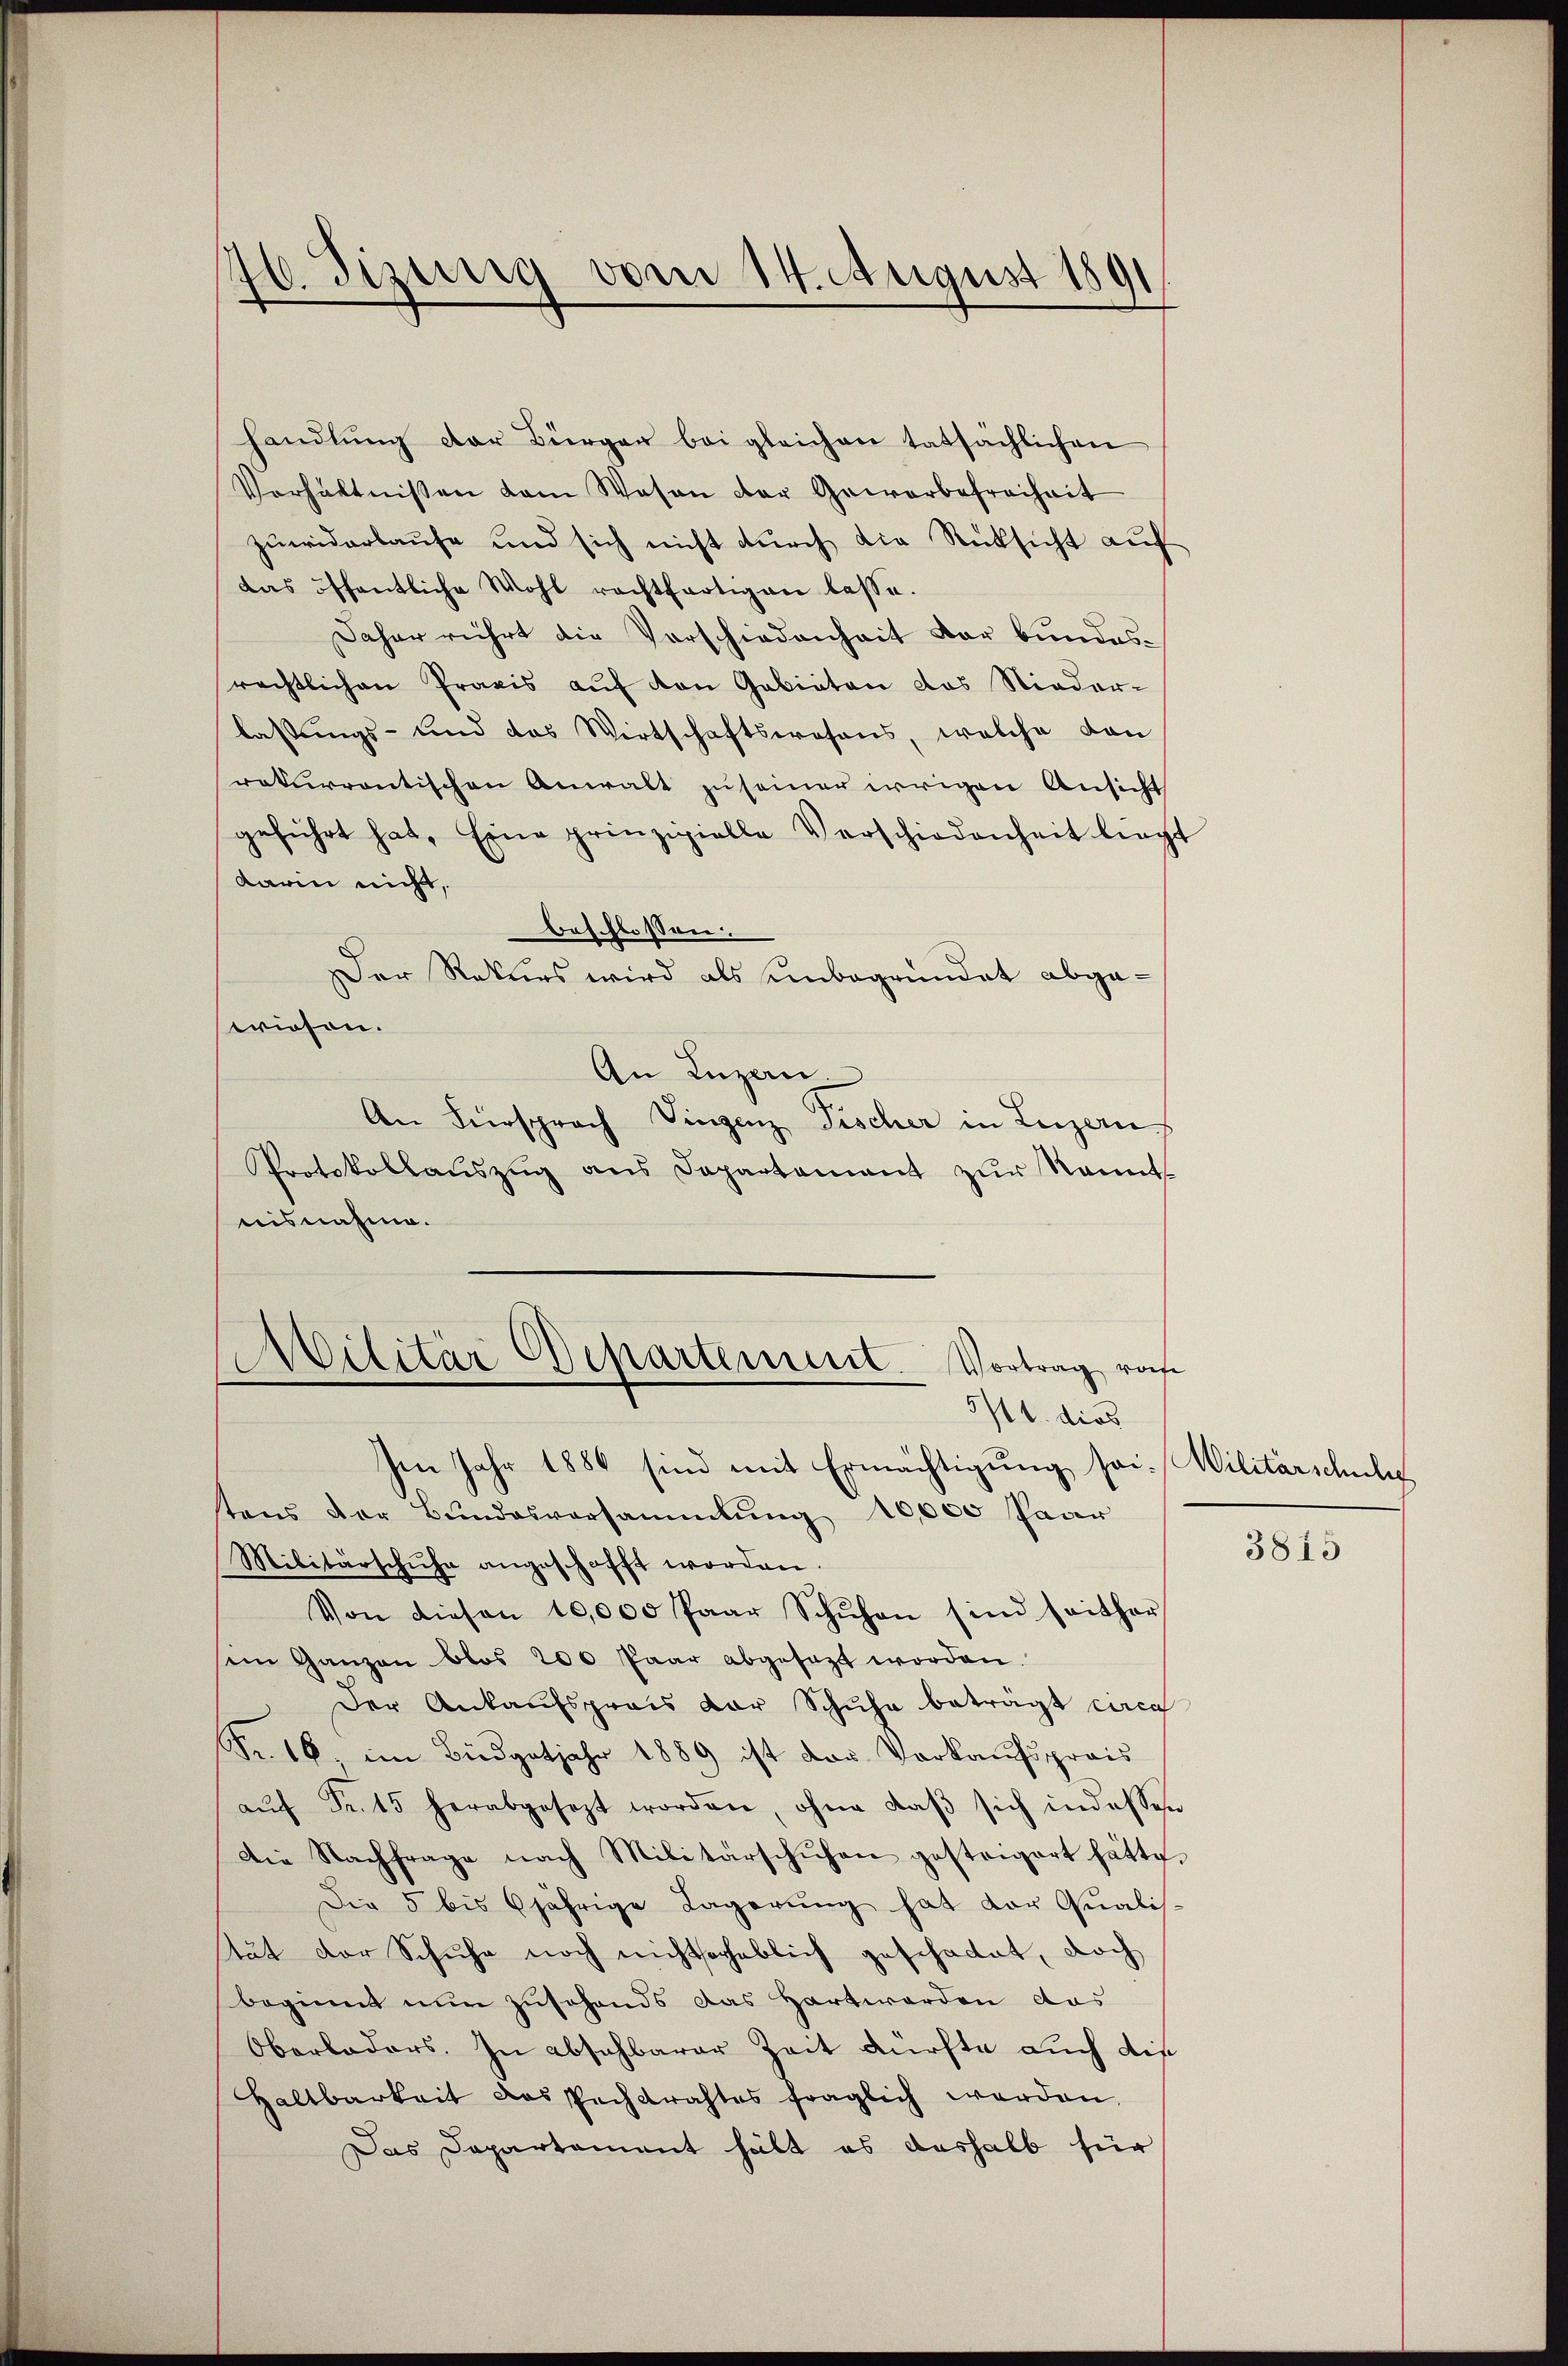
46. Sizurig vom 14. August 1891

handlung der Bürger bei gleichen tatsächlichen
Verhältnissen dem Wesen der Gewerbefreiheit
zuwiderlaufe und sich nicht durch die Rücksicht auf
das öffentliche Wohl rechtfertigen lasse.
Daher rührt die Vorschiedenheit der bundesrechtlichen Praxis aŭf von Gebieten das Nieder-
lassungs- und das Wirtschaftsprosens, welche dan
rekurrentischen Anwalt zu seiner irrigen Ansicht
geführt hat, Eine prinzipielle Verschiedenheit lieg
darin nicht,
beschlossen:
Der Rekurs wird als einbegründet abgewiesen.
An Luzen.
An Fürsprach Vingenz Fischer in Luzern
Protokollaŭszŭg ans Departament zŭr Kennt
nisnahme.
Militär Departement. Vortrag vo
3/4. dies
Ien Jahr 1886 sind mit Ermächtigung sei. Militärschulg
tens der Bundesversammlung 10,000 Paar
Militärschuhe angeschafft worden.
Von diesen 10,000 Paar Schŭhon sind seither
im Ganzen blos 200 Paar abgesagt worden.
Der Ankaufsprais der Schuhe beträgt circa
Fr. 16. im Büdgetjahr 1889 ist das Vorkaufspreis
aŭf Fr. 15 herabgesezt worden, ohne daβ sich indesse¬
Die Nachfrage nach Militärschuhen gesteigert hätte.
Die 5 bis 6jährige Lagerung hat der Qualis
tät der Schuhe noch nichtserheblich geschattet, doch
beginnt nun zusehends das Hart worden das
Oberladers. In absehbarer Zeit dürfte auch die
Haltbarkeit das Pachtrachtes fraglich werden.
Das Capartement hält es deshalb für

3815